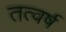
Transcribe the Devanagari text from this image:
तत्वर्ष